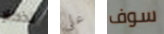
تذكار على سوف